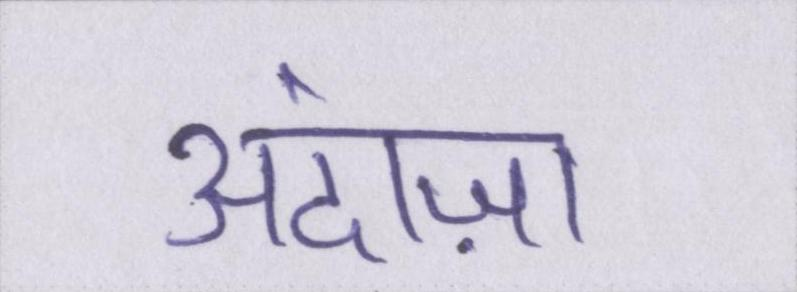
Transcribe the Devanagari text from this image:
अंदाज़ा